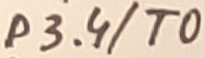
Text: P3.4/T0